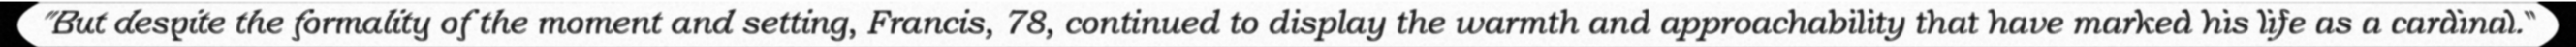
"But despite the formality of the moment and setting, Francis, 78, continued to display the warmth and approachability that have marked his life as a cardinal."